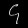
Digit: ၄